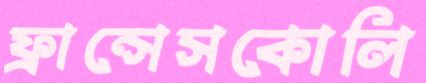
ফ্রান্সেসকোলি